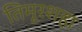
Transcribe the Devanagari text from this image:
तिमूरशहा